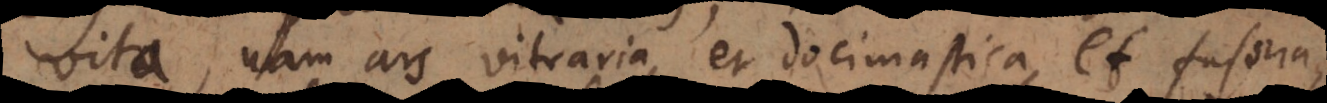
vita, nam ars vitraria, et docimastica, et fusoria,